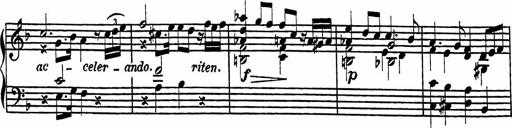
Title: 2 Sonatines
Composer: Richard Zeckwer